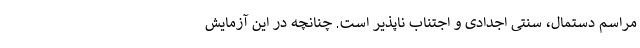
مراسم دستمال، سنتی اجدادی و اجتناب ناپذیر است. چنانچه در این آزمایش